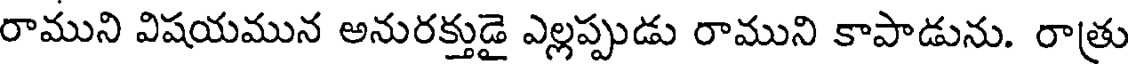
రాముని విషయమున అనురక్తుడై ఎల్లప్పుడు రాముని కాపాడును. రాత్రు